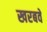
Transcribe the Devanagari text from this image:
खरबवे